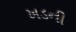
ખડની